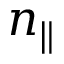
n _ { \| }